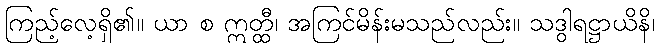
ကြည့်လေ့ရှိ၏။ ယာ စ ဣတ္ထီ၊ အကြင်မိန်းမသည်လည်း။ သဒွါရဋ္ဌာယိနိ၊